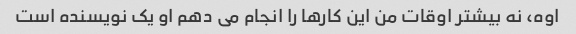
اوه، نه بیشتر اوقات من این کارها را انجام می دهم او یک نویسنده است